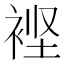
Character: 𮖃